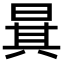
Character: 𣇳